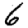
Digit: 6